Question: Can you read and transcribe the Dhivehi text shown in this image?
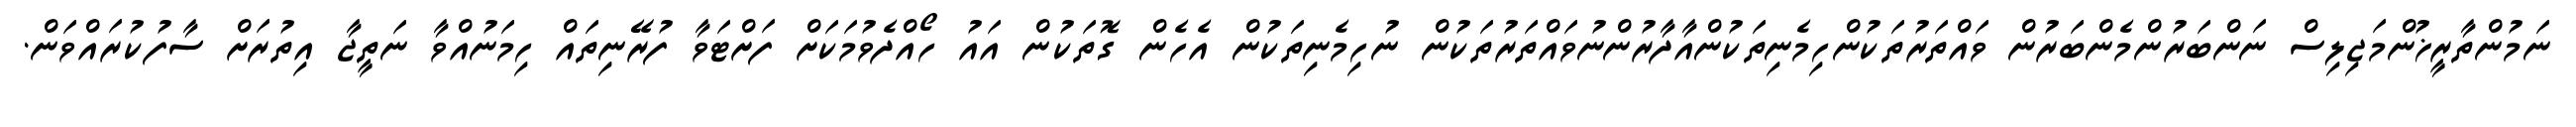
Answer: ނަމުންތާރީޚުންމަޖިލިސް ނަންބަރުންމެންބަރުން ވައްތަރުތަކުންހިމެނިތަކުންއާދާރުންނުވައްތަރުތަކުން ނުހިމެނިތަކުން އެހެން ގޮތަކުން އައު ހޯއްދެވުމަކަށް ފަށްޓަވާ ފުރޭނިތައް ހިމަނުއްވާ ނަތީޖާ އިތުރަށް ސާފުކުރައްވަން.